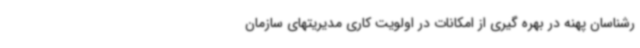
رشناسان پهنه در بهره گیری از امکانات در اولویت کاری مدیریتهای سازمان